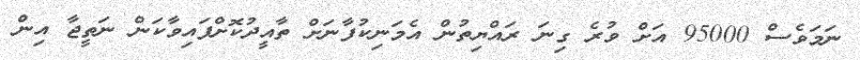
ނަމަވެސް 95000 އަށް ވުރެ ގިނަ ރައްޔިތުން އެމަނިކުފާނަށް ތާއީދުކޮށްފައިވާކަން ނަތީޖާ އިން